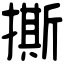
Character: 撕